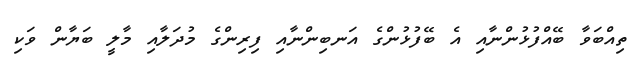
ތިއްބަވާ ބޭއްފުޅުންނާއި އެ ބޭފުޅުންގެ އަނބިންނާއި ފިރިންގެ މުދަލާއި މާލީ ބަޔާން ވަކި